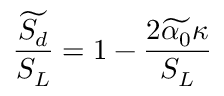
\frac { \widetilde { S _ { d } } } { S _ { L } } = 1 - \frac { 2 \widetilde { \alpha _ { 0 } } \kappa } { S _ { L } }